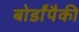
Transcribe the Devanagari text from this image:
बोर्डांपैकी